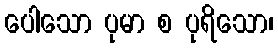
ပေါသော ပုမာ စ ပုရိသော၊